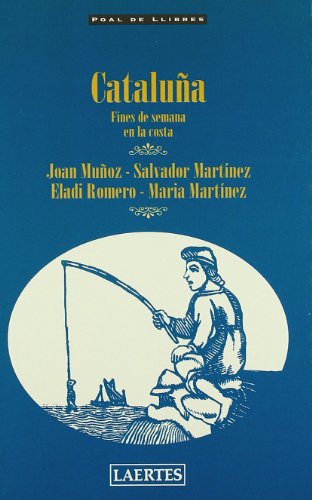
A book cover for Cataluna y Andorra: Fines de Semana en los Pirineos (Poal de Llibres) (Spanish Edition); Maria Martinez; Travel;